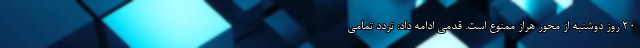
۲۰ روز دوشنبه از محور هراز ممنوع است. قدمی ادامه داد: تردد تمامی